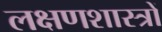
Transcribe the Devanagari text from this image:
लक्षणशास्त्रों